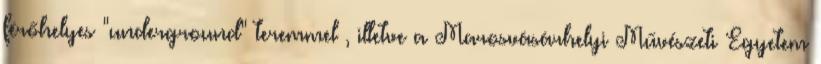
férőhelyes "underground" teremmel , illetve a Marosvásárhelyi Művészeti Egyetem